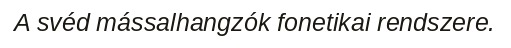
A svéd mássalhangzók fonetikai rendszere.